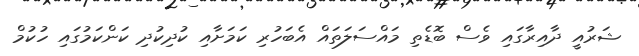
ޝަރުއީ ދާއިރާގައި ވެސް ބޮޑެތި މައްސަލަތައް އެބަހުރި ކަމަށާއި ކުދިކުދި ކަންކަމުގައި ހުކުމް